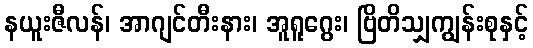
နယူးဇီလန်၊ အာဂျင်တီးနား၊ အူရူဂွေး၊ ဗြိတိသျှကျွန်းစုနှင့်